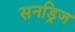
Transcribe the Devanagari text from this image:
सनड्रिज